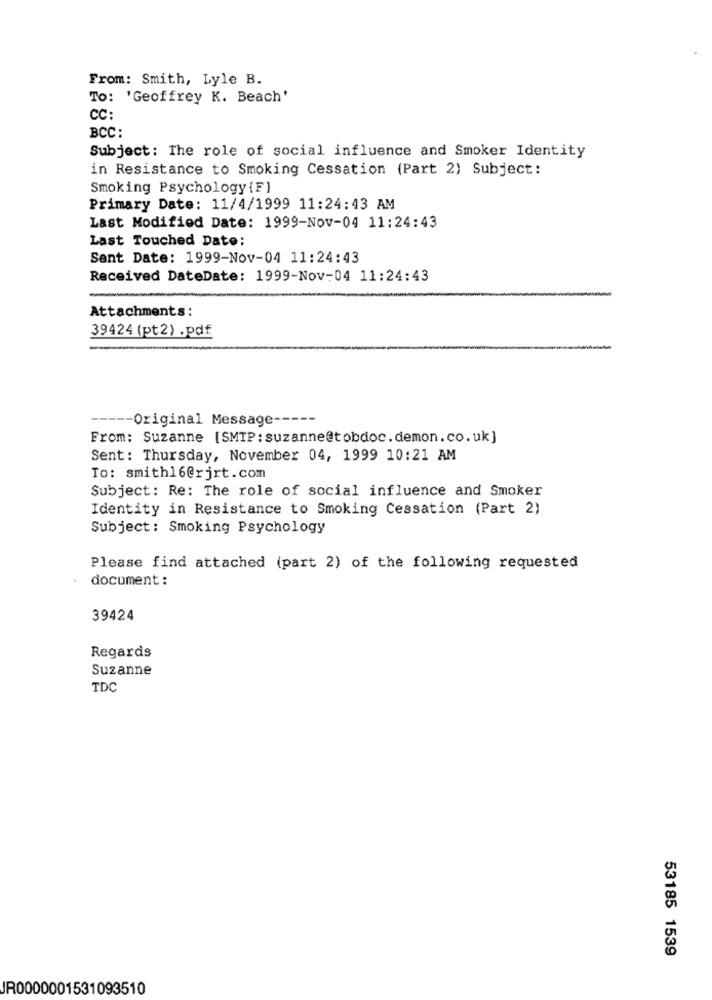
From: Smith, Lyle B.
To: 'Geoffrey K. Beach'
CC:
BCC:
Subject: The role of social influence and Smoker Identity
in Resistance to Smoking Cessation (Part 2) Subject:
Smoking Psychology {F}
Primary Date: 11/4/1999 11:24:43 AM
Last Modified Date: 1999-Nov-04 11:24:43
Last Touched Date:
Sent Date: 1999-Nov-04 11:24:43
Received DateDate: 1999-Nov-04 11:24:43
Attachments:
39424 (pt2) .pdf
--- Original Message -----
From: Suzanne [SMTP: suzanne@tobdoc.demon.co.uk]
Sent: Thursday, November 04, 1999 10:21 AM
To: smith16@rjrt.com
Subject: Re: The role of social influence and Smoker
Identity in Resistance to Smoking Cessation (Part 2)
Subject: Smoking Psychology
Please find attached (part 2) of the following requested
document:
39424
Regards
Suzanne
TDC
53185 1539
JR0000001531093510